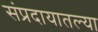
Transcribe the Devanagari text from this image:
संप्रदायातल्या